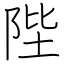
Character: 陛